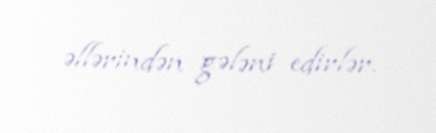
əllərindən gələni edirlər.